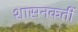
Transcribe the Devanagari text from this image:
शासनकर्ती